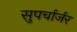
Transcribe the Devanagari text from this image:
सुपर्चार्जर